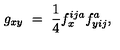
g _ { x y } \ = \ \frac 1 4 f _ { x } ^ { i j a } f _ { y i j } ^ { a } ,